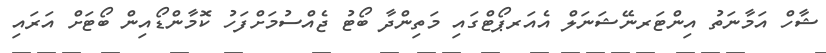
ޝާހް އަމާނަތު އިންޓަރނޭޝަނަލް އެއަރޕޯޓްގައި މަތިންދާ ބޯޓު ޖެއްސުމަށްފަހު ކޮމާންޑޯއިން ބޯޓަށް އަރައި